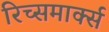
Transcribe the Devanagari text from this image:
रिच्समार्क्स